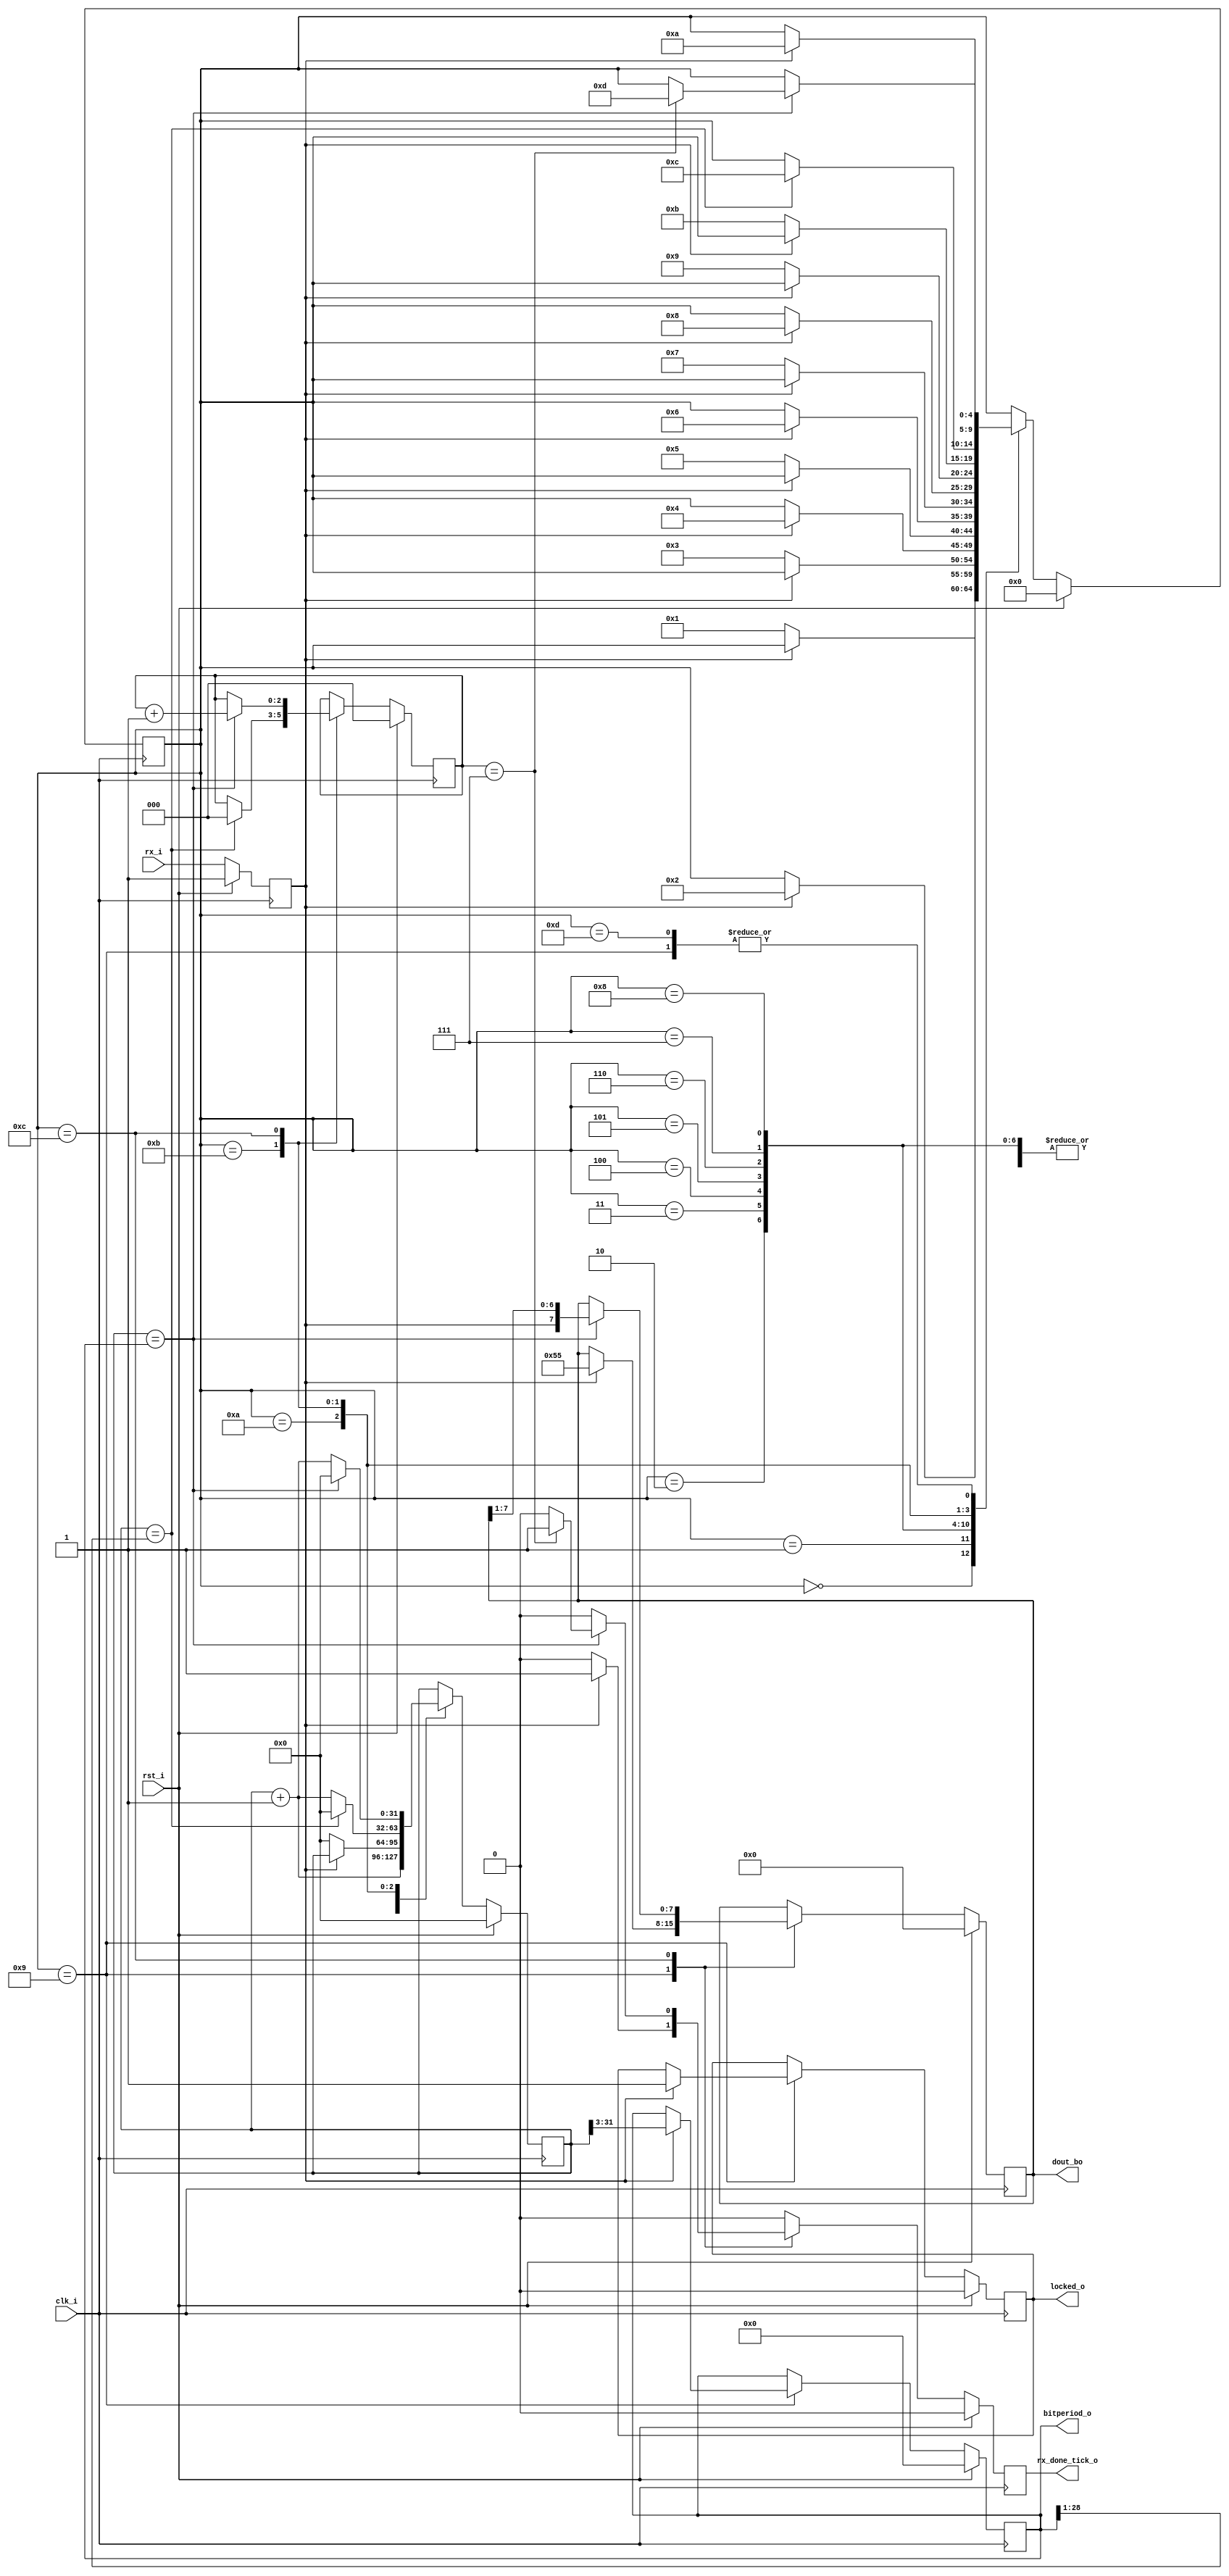
module uart_rx
#(
    parameter RTX_EXTERNAL_OVERRIDE = "NO"
)
(
	input clk_i, rst_i,

	input rx_i,
	output reg rx_done_tick_o,
	output reg [7:0] dout_bo,

	output reg locked_o,
	output reg [28:0] bitperiod_o
);

localparam ST_NOSYNC 			= 4'h0;
localparam ST_NOSYNC_WAIT1_1 	= 4'h1;
localparam ST_NOSYNC_WAIT0_2 	= 4'h2;
localparam ST_NOSYNC_WAIT1_3 	= 4'h3;
localparam ST_NOSYNC_WAIT0_4 	= 4'h4;
localparam ST_NOSYNC_WAIT1_5 	= 4'h5;
localparam ST_NOSYNC_WAIT0_6 	= 4'h6;
localparam ST_NOSYNC_WAIT1_7 	= 4'h7;
localparam ST_NOSYNC_WAIT0_8 	= 4'h8;
localparam ST_NOSYNC_WAIT_STOP 	= 4'h9;
localparam ST_SYNC 				= 4'hA;
localparam ST_SYNC_WAIT_START 	= 4'hB;
localparam ST_SYNC_RX_DATA 		= 4'hC;
localparam ST_SYNC_WAIT_STOP 	= 4'hD;

reg [4:0] 	state;
reg [31:0] 	clk_counter;
reg [2:0]	bit_counter;

reg rx_buf;
always @(posedge clk_i)
	begin
	if (rst_i) rx_buf <= 1'b1;
	else rx_buf <= rx_i;
	end

always @(posedge clk_i)
	begin
	if (rst_i)
		begin
		state <= ST_NOSYNC;
		clk_counter <= 32'h0;
		bit_counter <= 3'h0;
		locked_o <= 1'b0;
		bitperiod_o <= 32'h0;
		rx_done_tick_o <= 1'b0;
		dout_bo <= 8'h0;
		end
	else 
		begin

		if (RTX_EXTERNAL_OVERRIDE == "NO") rx_done_tick_o <= 1'b0;

		case (state)

			ST_NOSYNC:
				begin
				if (rx_buf == 1'b0) state <= ST_NOSYNC_WAIT1_1;
				end

			ST_NOSYNC_WAIT1_1:
				begin
				if (rx_buf == 1'b1) state <= ST_NOSYNC_WAIT0_2;
				end

			ST_NOSYNC_WAIT0_2:
				begin
				if (rx_buf == 1'b0) state <= ST_NOSYNC_WAIT1_3;
				clk_counter <= clk_counter + 32'h1;
				end

			ST_NOSYNC_WAIT1_3:
				begin
				if (rx_buf == 1'b1) state <= ST_NOSYNC_WAIT0_4;
				clk_counter <= clk_counter + 32'h1;
				end

			ST_NOSYNC_WAIT0_4:
				begin
				if (rx_buf == 1'b0) state <= ST_NOSYNC_WAIT1_5;
				clk_counter <= clk_counter + 32'h1;
				end

			ST_NOSYNC_WAIT1_5:
				begin
				if (rx_buf == 1'b1) state <= ST_NOSYNC_WAIT0_6;
				clk_counter <= clk_counter + 32'h1;
				end

			ST_NOSYNC_WAIT0_6:
				begin
				if (rx_buf == 1'b0) state <= ST_NOSYNC_WAIT1_7;
				clk_counter <= clk_counter + 32'h1;
				end

			ST_NOSYNC_WAIT1_7:
				begin
				if (rx_buf == 1'b1) state <= ST_NOSYNC_WAIT0_8;
				clk_counter <= clk_counter + 32'h1;
				end

			ST_NOSYNC_WAIT0_8:
				begin
				if (rx_buf == 1'b0) state <= ST_NOSYNC_WAIT_STOP;
				clk_counter <= clk_counter + 32'h1;
				end

			ST_NOSYNC_WAIT_STOP:
				begin
				if (rx_buf == 1'b1)
					begin
					state <= ST_SYNC;
					locked_o <= 1'b1;
					bitperiod_o <= clk_counter[31:3];		// clk_counter / 8
					dout_bo <= 32'h55;
					rx_done_tick_o <= 1'b1;
					end
				clk_counter <= clk_counter + 32'h1;
				end

			ST_SYNC:
				begin
				if (rx_buf == 1'b0)
					begin
					state <= ST_SYNC_WAIT_START;
					clk_counter <= 32'h0;
					end
				end

			ST_SYNC_WAIT_START:
				begin
				clk_counter <= clk_counter + 32'h1;
				if (clk_counter == {4'h0, bitperiod_o[28:1]})
					begin
					state <= ST_SYNC_RX_DATA;
					clk_counter <= 32'h0;
					bit_counter <= 3'h0;
					end
				end

			ST_SYNC_RX_DATA:
				begin
				clk_counter <= clk_counter + 32'h1;
				if (clk_counter == {3'h0, bitperiod_o})
					begin
					dout_bo <= {rx_buf, dout_bo[7:1]};
					clk_counter <= 32'h0;
					bit_counter <= bit_counter + 3'h1;
					if (bit_counter == 3'h7)
						begin
						rx_done_tick_o <= 1'b1;
						state <= ST_SYNC_WAIT_STOP;
						end
					end
				end

			ST_SYNC_WAIT_STOP:
				begin
				if (rx_buf == 1'b1) state <= ST_SYNC;
				end

		endcase

		end
	end

endmodule